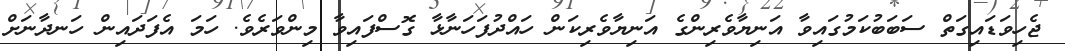
ޖެހިވަޑައިގަތް ސަބަބުކަމުގައިވާ އަނިޔާވެރިންގެ އަނިޔާވެރިކަން ހައްދުފަހަނާޅާ ގޮސްފައިވާ މިންވަރެވެ. ހަމަ އެފަދައިން ހަނދާނަށް